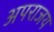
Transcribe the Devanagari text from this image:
अपराजय